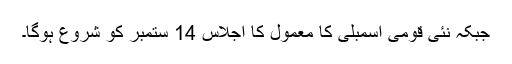
جبکہ نئی قومی اسمبلی کا معمول کا اجلاس 14 ستمبر کو شروع ہوگا۔